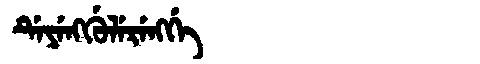
Manchu: ᡩᡝᠶᡝᠩᡤᡠᠯᡝᡵᡝᠩᡤᡝ
Romanization: DEYENGGULERENGGE